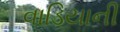
વાડિયાની